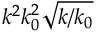
k ^ { 2 } k _ { 0 } ^ { 2 } \sqrt { k / k _ { 0 } }